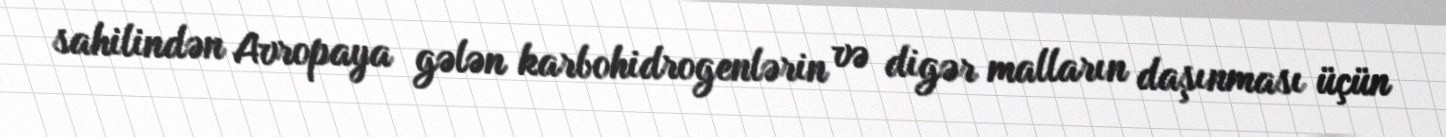
sahilindən Avropaya gələn karbohidrogenlərin və digər malların daşınması üçün